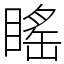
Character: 䁘